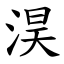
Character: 淏